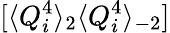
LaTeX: [\langle Q_{i}^{4}\rangle_{2}\langle Q_{i}^{4}\rangle_{-2}]